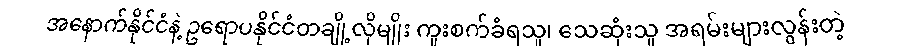
အနောက်နိုင်ငံနဲ့ ဥရောပနိုင်ငံတချို့လိုမျိုး ကူးစက်ခံရသူ၊ သေဆုံးသူ အရမ်းများလွန်းတဲ့